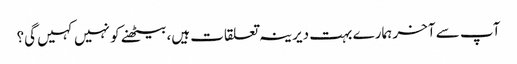
آپ سے آخر ہمارے بہت دیرینہ تعلقات ہیں، بیٹھنے کو نہیں کہیں گی؟